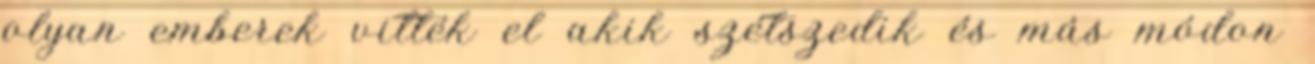
olyan emberek vitték el akik szétszedik és más módon